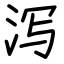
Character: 泻